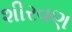
શીરવણ